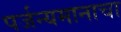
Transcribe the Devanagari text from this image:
पर्जन्यमानाचा